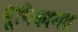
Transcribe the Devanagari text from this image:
भूमिकागत